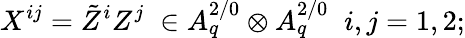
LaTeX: X^{ij}=\tilde{Z}^{i}Z^{j}\; \in A_{q}^{2/0}\otimes A_{q}^{2/0}\; \; i,j=1,2;